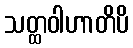
သတ္ထဝါဟာတိပိ